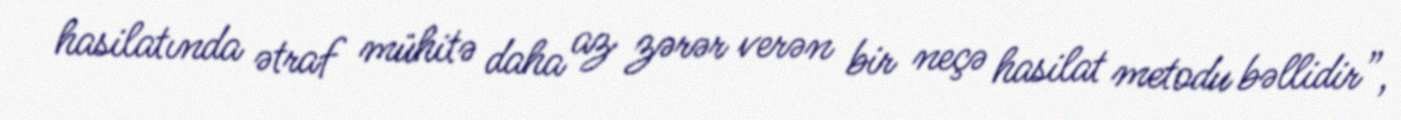
hasilatında ətraf mühitə daha az zərər verən bir neçə hasilat metodu bəllidir”,